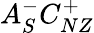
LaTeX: A_{S}^{-}C_{NZ}^{+}